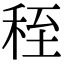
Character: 秷